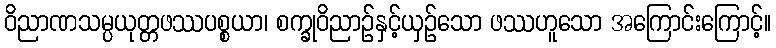
ဝိညာဏသမ္ပယုတ္တဖဿပစ္စယာ၊ စက္ခုဝိညာဉ်နှင့်ယှဉ်သော ဖဿဟူသော အကြောင်းကြောင့်။